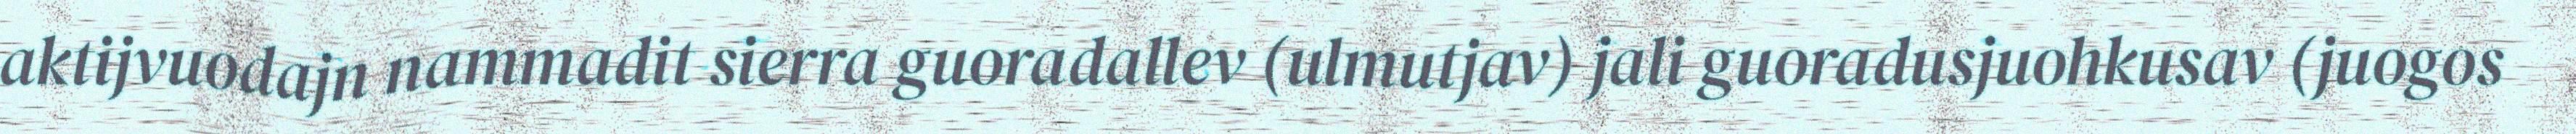
aktijvuodajn nammadit sierra guoradallev (ulmutjav) jali guoradusjuohkusav (juogos